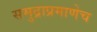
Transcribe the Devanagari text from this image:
समुद्राप्रमाणेच